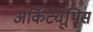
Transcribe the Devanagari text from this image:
अर्किट्यूथिस